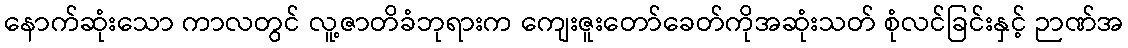
နောက်ဆုံးသော ကာလတွင် လူ့ဇာတိခံဘုရားက ကျေးဇူးတော်ခေတ်ကိုအဆုံးသတ် စုံလင်ခြင်းနှင့် ဉာဏ်အ